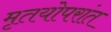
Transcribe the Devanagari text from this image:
मृतयोपरांत